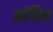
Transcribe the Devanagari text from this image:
ब्रांडिग